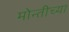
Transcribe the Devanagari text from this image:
मोन्तीच्या